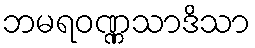
ဘမရဝဏ္ဏသာဒိသာ